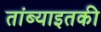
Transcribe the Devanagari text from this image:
तांब्याइतकी